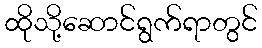
ထိုသို့ဆောင်ရွက်ရာတွင်